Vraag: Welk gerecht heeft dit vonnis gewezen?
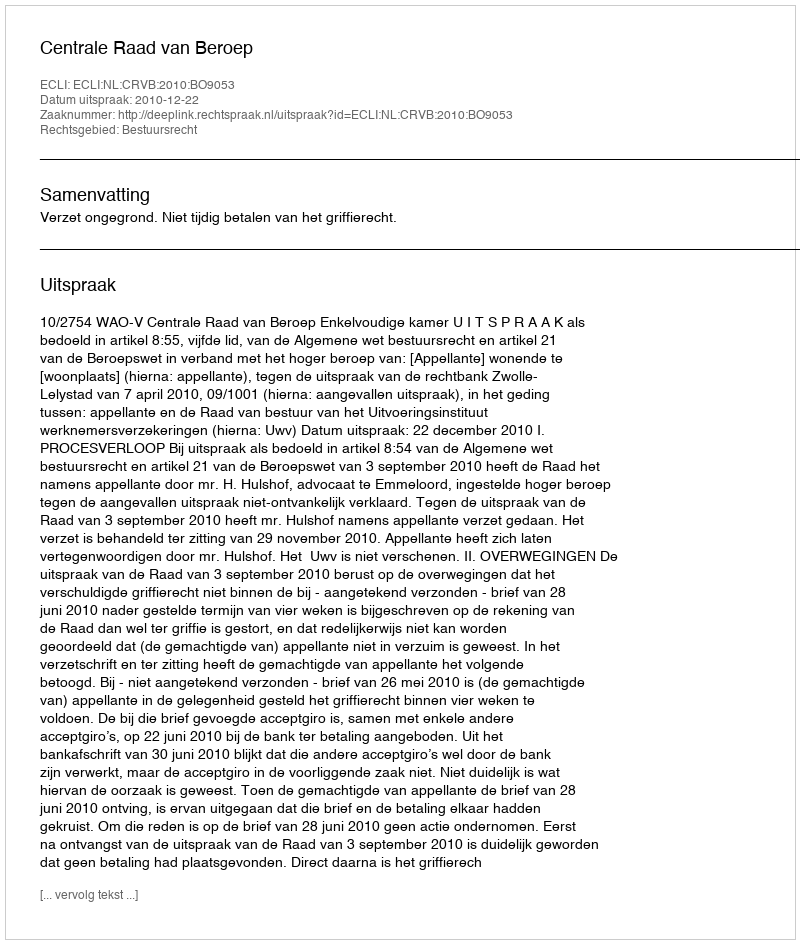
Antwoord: Centrale Raad van Beroep